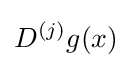
D^{(j)}g(x)